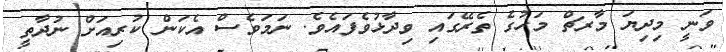
ވަނީ މިދިޔަ މާރޗް މަހުގެ ތެރޭގައި ވިދާޅުވެފައެވެ. ނަމަވެސް އެކަން ކުރިއަށް ނުދާތީ